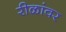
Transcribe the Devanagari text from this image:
रीळांवर